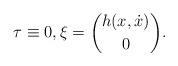
LaTeX: \begin{align*} \tau \equiv0, \xi=\binom{h(x,\dot x)}{0}.\end{align*}